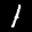
Label: 1